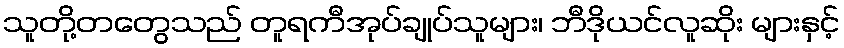
သူတို့တတွေသည် တူရကီအုပ်ချုပ်သူများ၊ ဘီဒိုယင်လူဆိုး များနှင့်